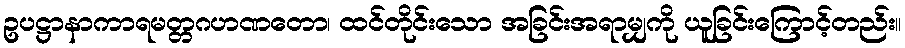
ဥပဋ္ဌာနာကာရမတ္တဂဟဏတော၊ ထင်တိုင်းသော အခြင်းအရာမျှကို ယူခြင်းကြောင့်တည်း။